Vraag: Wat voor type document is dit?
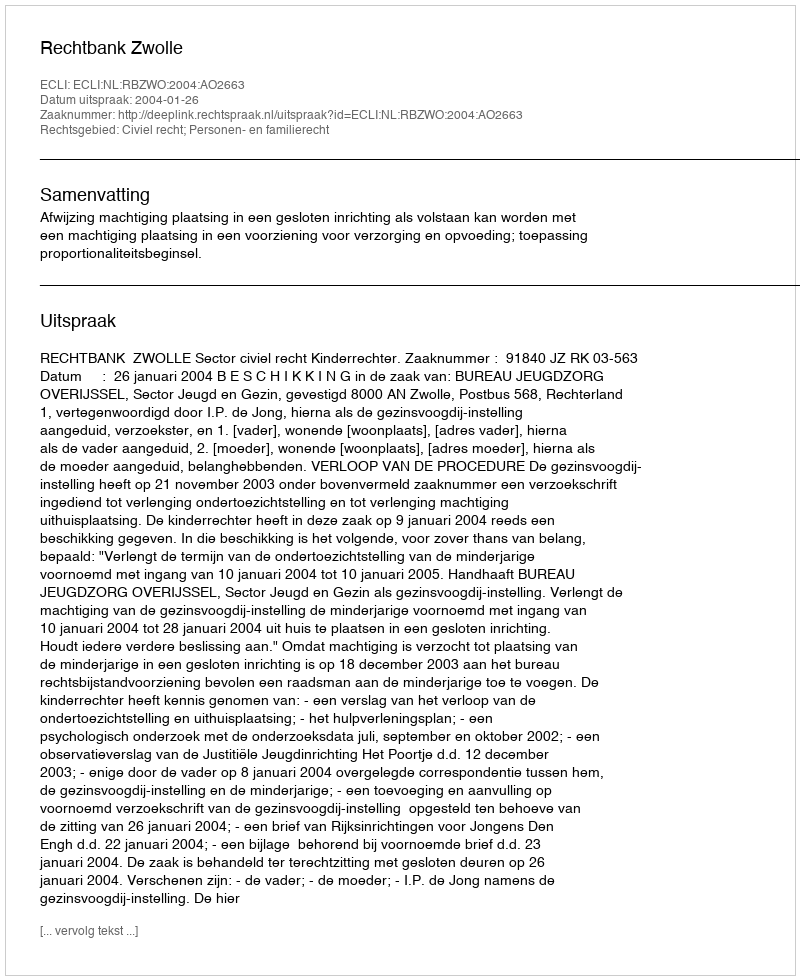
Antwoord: Uitspraak